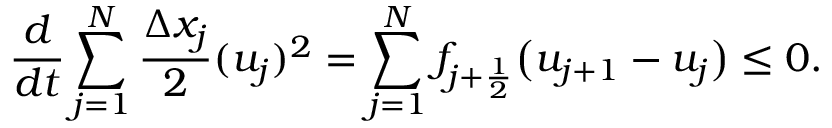
\frac { d } { d t } \sum _ { j = 1 } ^ { N } \frac { \Delta x _ { j } } { 2 } ( u _ { j } ) ^ { 2 } = \sum _ { j = 1 } ^ { N } f _ { j + \frac { 1 } { 2 } } \big ( u _ { j + 1 } - u _ { j } \big ) \le 0 .